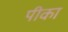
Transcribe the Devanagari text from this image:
पीका